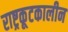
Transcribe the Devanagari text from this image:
राष्ट्रकूटकालीन